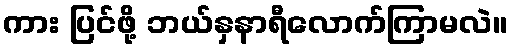
ကား ပြင်ဖို့ ဘယ်နှနာရီလောက်ကြာမလဲ။